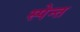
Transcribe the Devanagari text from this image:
स्पेन्त